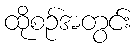
ထိုစဉ်အတွင်း